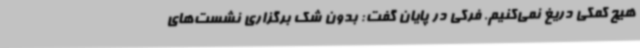
هیچ کمکی دریغ نمی‌کنیم. فرکی در پایان گفت: بدون شک برگزاری نشست‌های